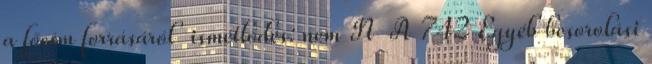
a főcím forrásáról ismétlődés: nem N A 742 Egyéb besorolási